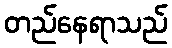
တည်နေရာသည်